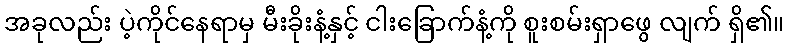
အခုလည်း ပဲ့ကိုင်နေရာမှ မီးခိုးနံ့နှင့် ငါးခြောက်နံ့ကို စူးစမ်းရှာဖွေ လျက် ရှိ၏။